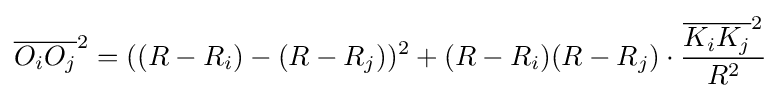
{\overline {O_{i}O_{j}}}^{2}=((R-R_{i})-(R-R_{j}))^{2}+(R-R_{i})(R-R_{j})\cdot {\frac {{\overline {K_{i}K_{j}}}^{2}}{R^{2}}}